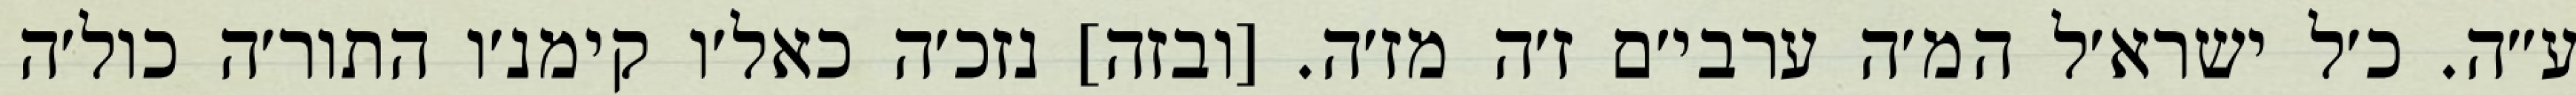
ע״ה. כ׳ל ישרא׳ל המ׳ה ערבי׳ם ז׳ה מז׳ה. [ובזה] נזכ׳ה כאל׳ו קימנ׳ו התור׳ה כול׳ה